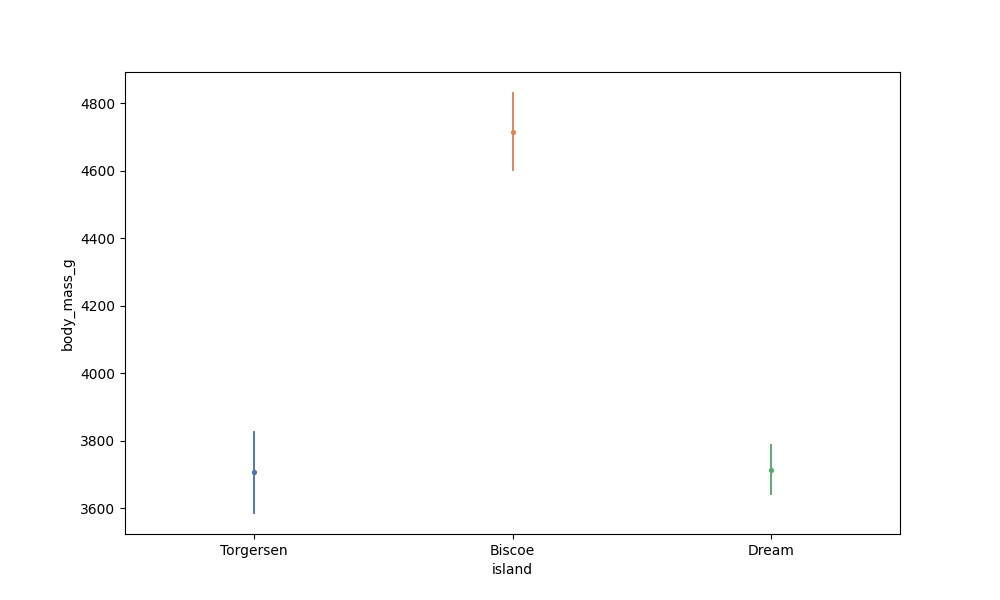
python, seaborn, pointplot, scale=0.5, join=False, hue='None', palette='deep'